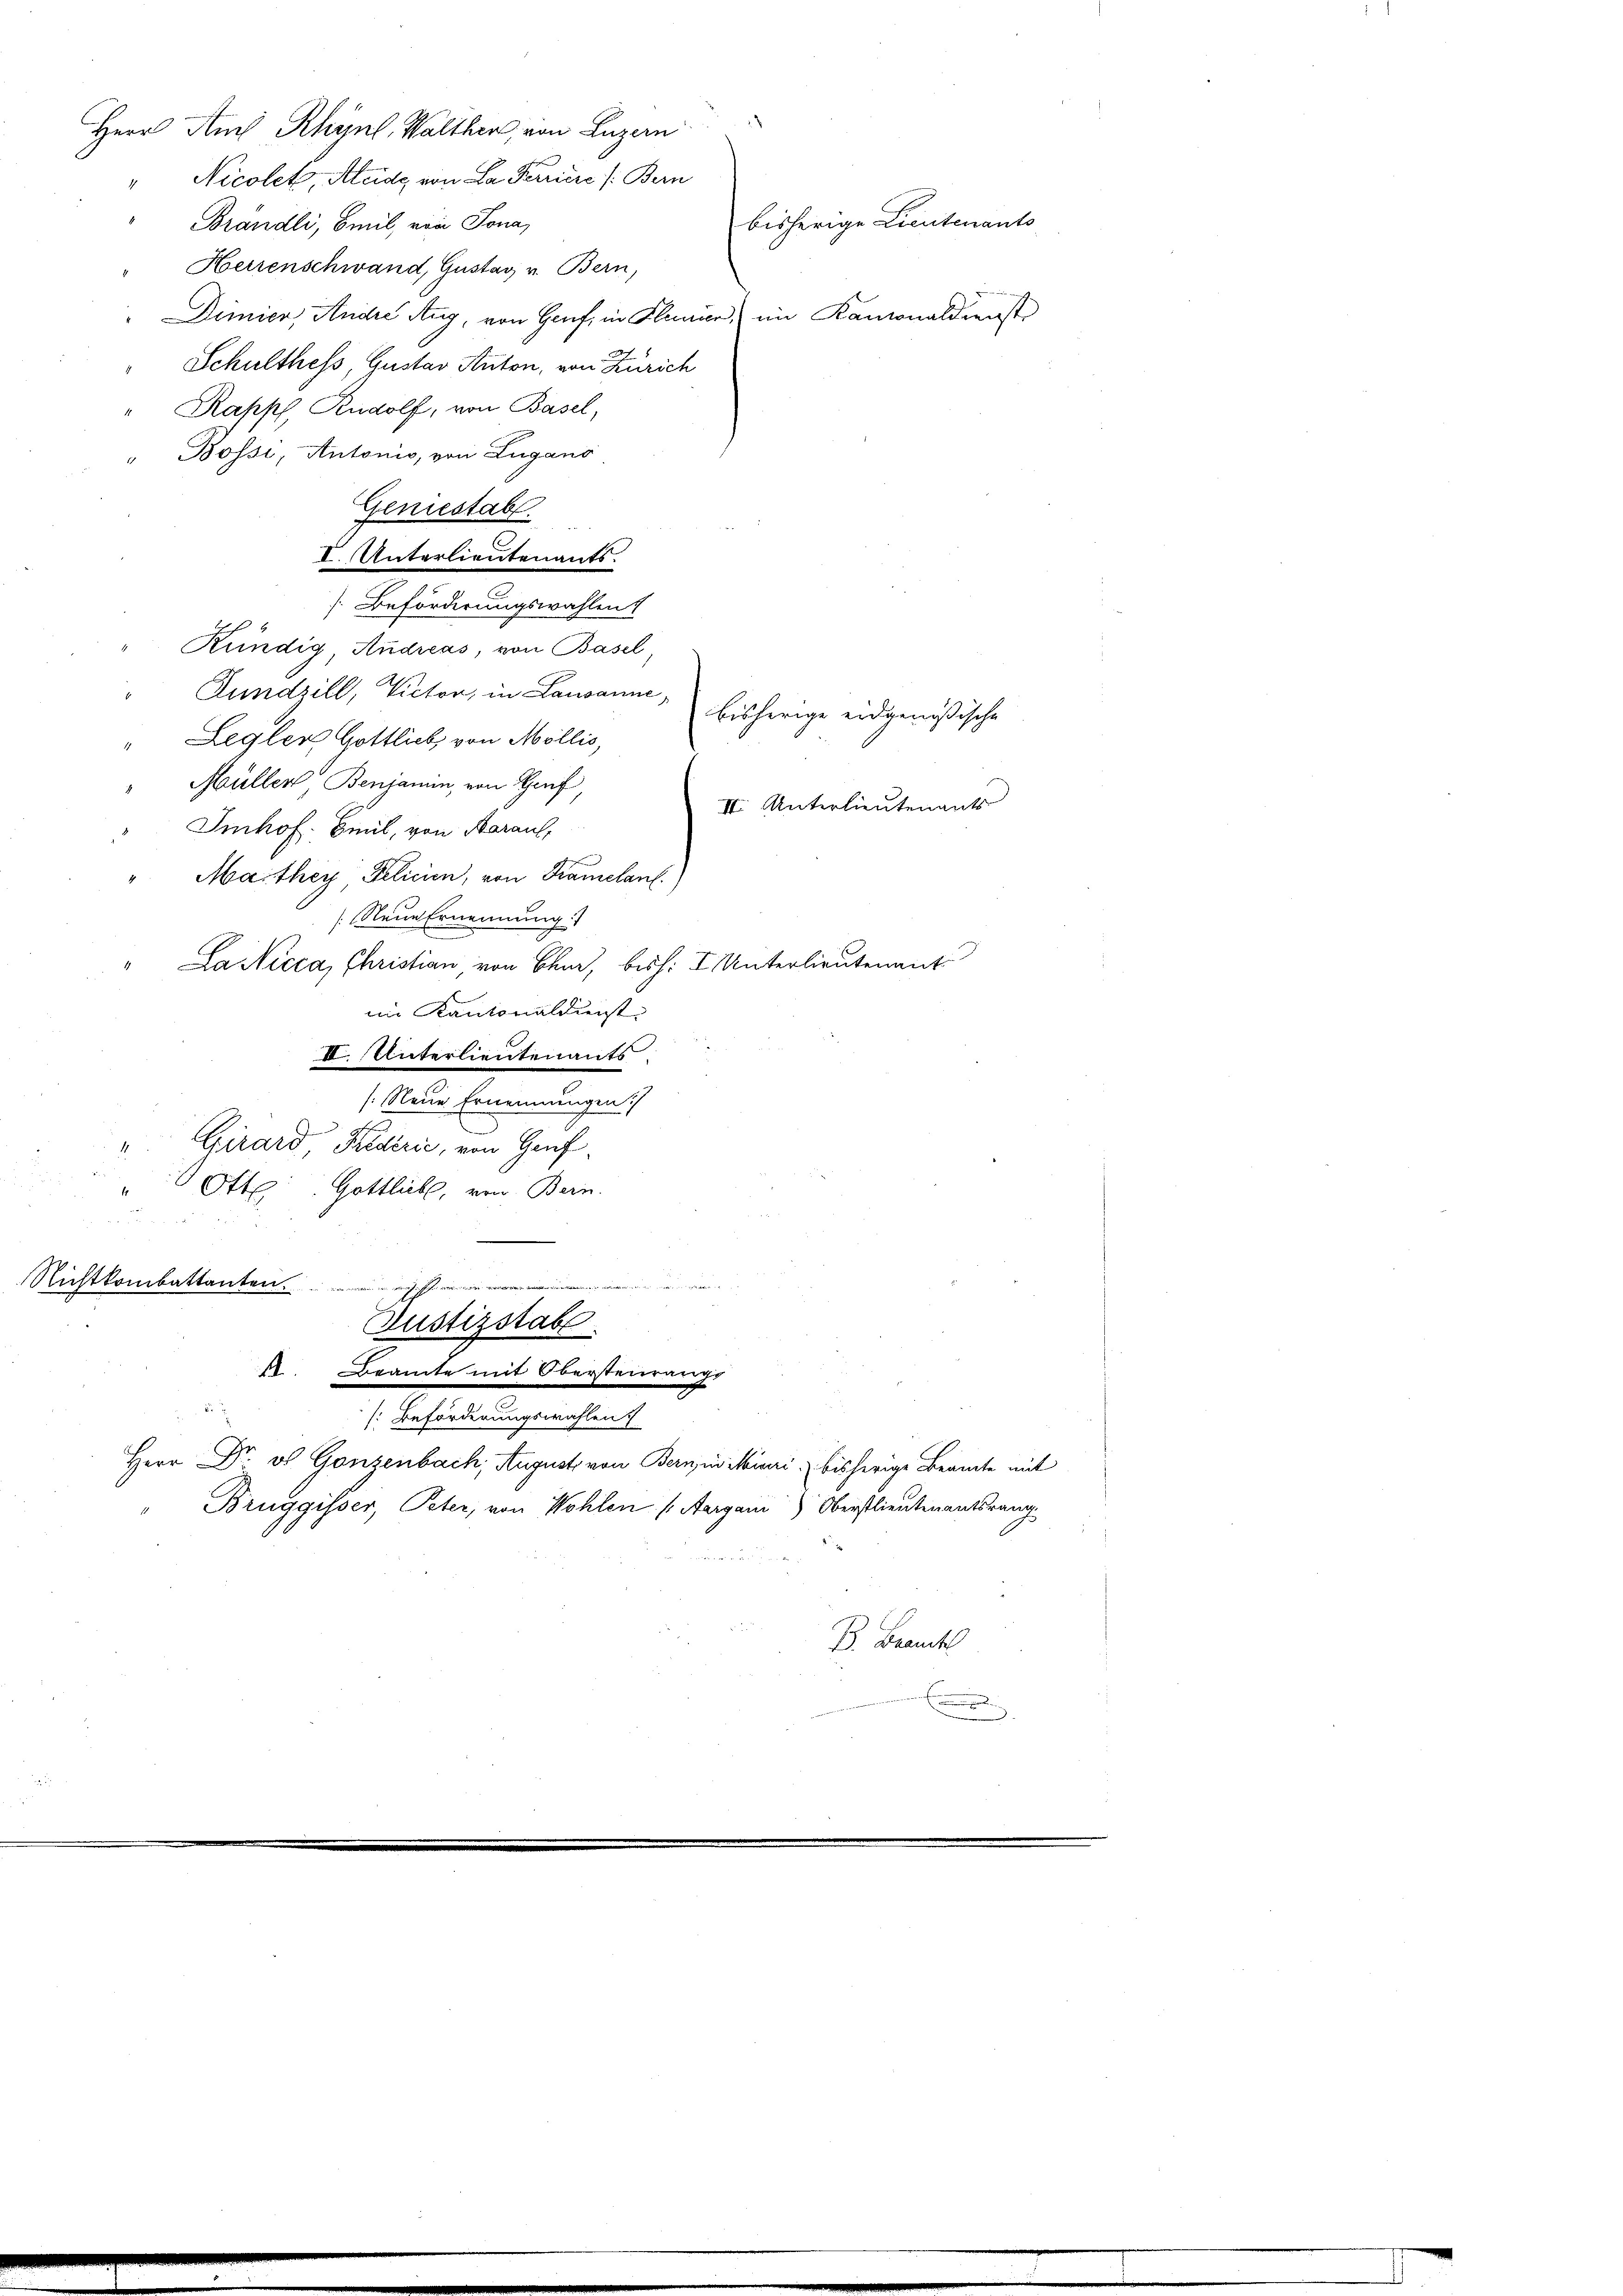
Herr Amts Rhynl, Walther, von Luzern
Brändli, Beil, von Sona
Dimier, Andre Aug, von Genf in Flamer, im Kantonaldienst
Schulthess Gustav Anton, von Zürich
Rapp, Rudolf, von Basel,
Bossi, Antonio, von Lugano
Geniestab.
I. Unterlieutenants.
[Beförderungswahlen
Kündig Andreas, von Basel,
Jundzill, Victor, in Lausanne,
bisherige eidgenößische
Legler Gottlich, von Mollis,
Müller Benjamin, von Gruf
II. Unterlieutenants
Imhof. Beil, von Aarauf,
Marthey Pelicii, von Kamelant.)
/: Neue Ernennung:
La Nicca, Christian, von Char, bish: I Unterlieutenant
im Kantonaldienst
III. Unterlieutenants
/: Neue Ernennungen.
Girard, Kredirić, von Genf
Otte: Gottlich, von Bern.
n
Richtkombattanten.
Justizstabe
11. Beamte mit Obersteiraergo

[: Beförderungswahlen
Herr Dr. v. Gonzenbach, August von Bern in Mineri, bisherige Beamte mit
Bruggisser, Peter, von Wohlen (Aargau) Oberstlieutenantsrang

" Nicolet, Aleide von La Perriere (: Bern
bisherige Lieutenants
Herrenschwand, Gustav v. Bern,

B. Beamt
.